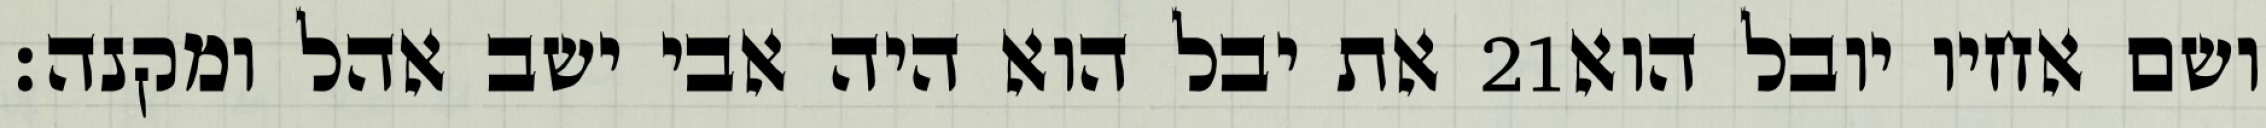
את יבל הוא היה אבי ישב אהל ומקנה׃ ‎21‏ ושם אחיו יובל הוא